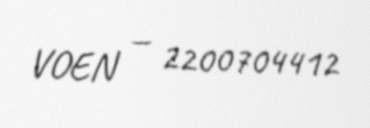
VOEN — 2200704412